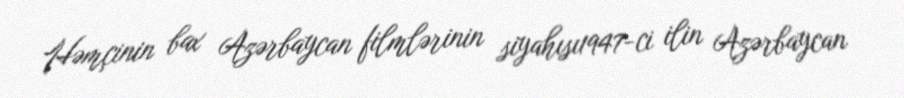
Həmçinin bax Azərbaycan filmlərinin siyahısı1947-ci ilin Azərbaycan